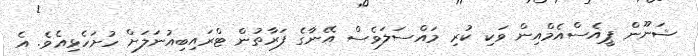
ޝަނޫން ޕީއެސްއެމްއިން ވަކި ކުރި މައްސަލަވެސް އޭނާގެ ފަރާތުން ޓްރައިބިއުނަލަށް ހުށަހެޅިއެވެ. އެ